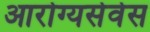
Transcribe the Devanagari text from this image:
आरोग्यसेवेस